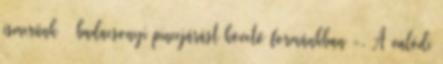
ismerünk – badacsonyi pincejárást követő formánkban -. A valódi